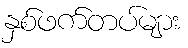
နှစ်ဖက်တပ်များ